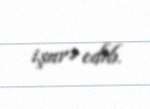
işarə edib.